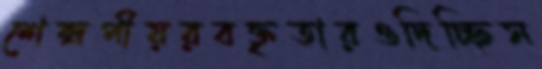
শেক্সপীয়রবক্তৃতারওদিচ্ছিস